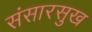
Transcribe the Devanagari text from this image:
संसारसुख